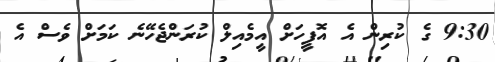
9:30 ގެ ކުރިން އެ އޮފީހަށް އީމެއިލް ކުރަންޖެހޭނެ ކަމަށް ވެސް އެ